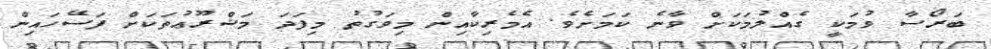
ބަރޯސާ ވުމަކީ ގެއްލުމަކަށް ވާނެ ކަމަށެވެ. އެމެރިކާއިން މިވަގުތު މިފަދަ މަޝްރޫޢުތަކަށް ފަސޭހައިން